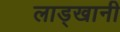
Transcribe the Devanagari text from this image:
लाड्खानी